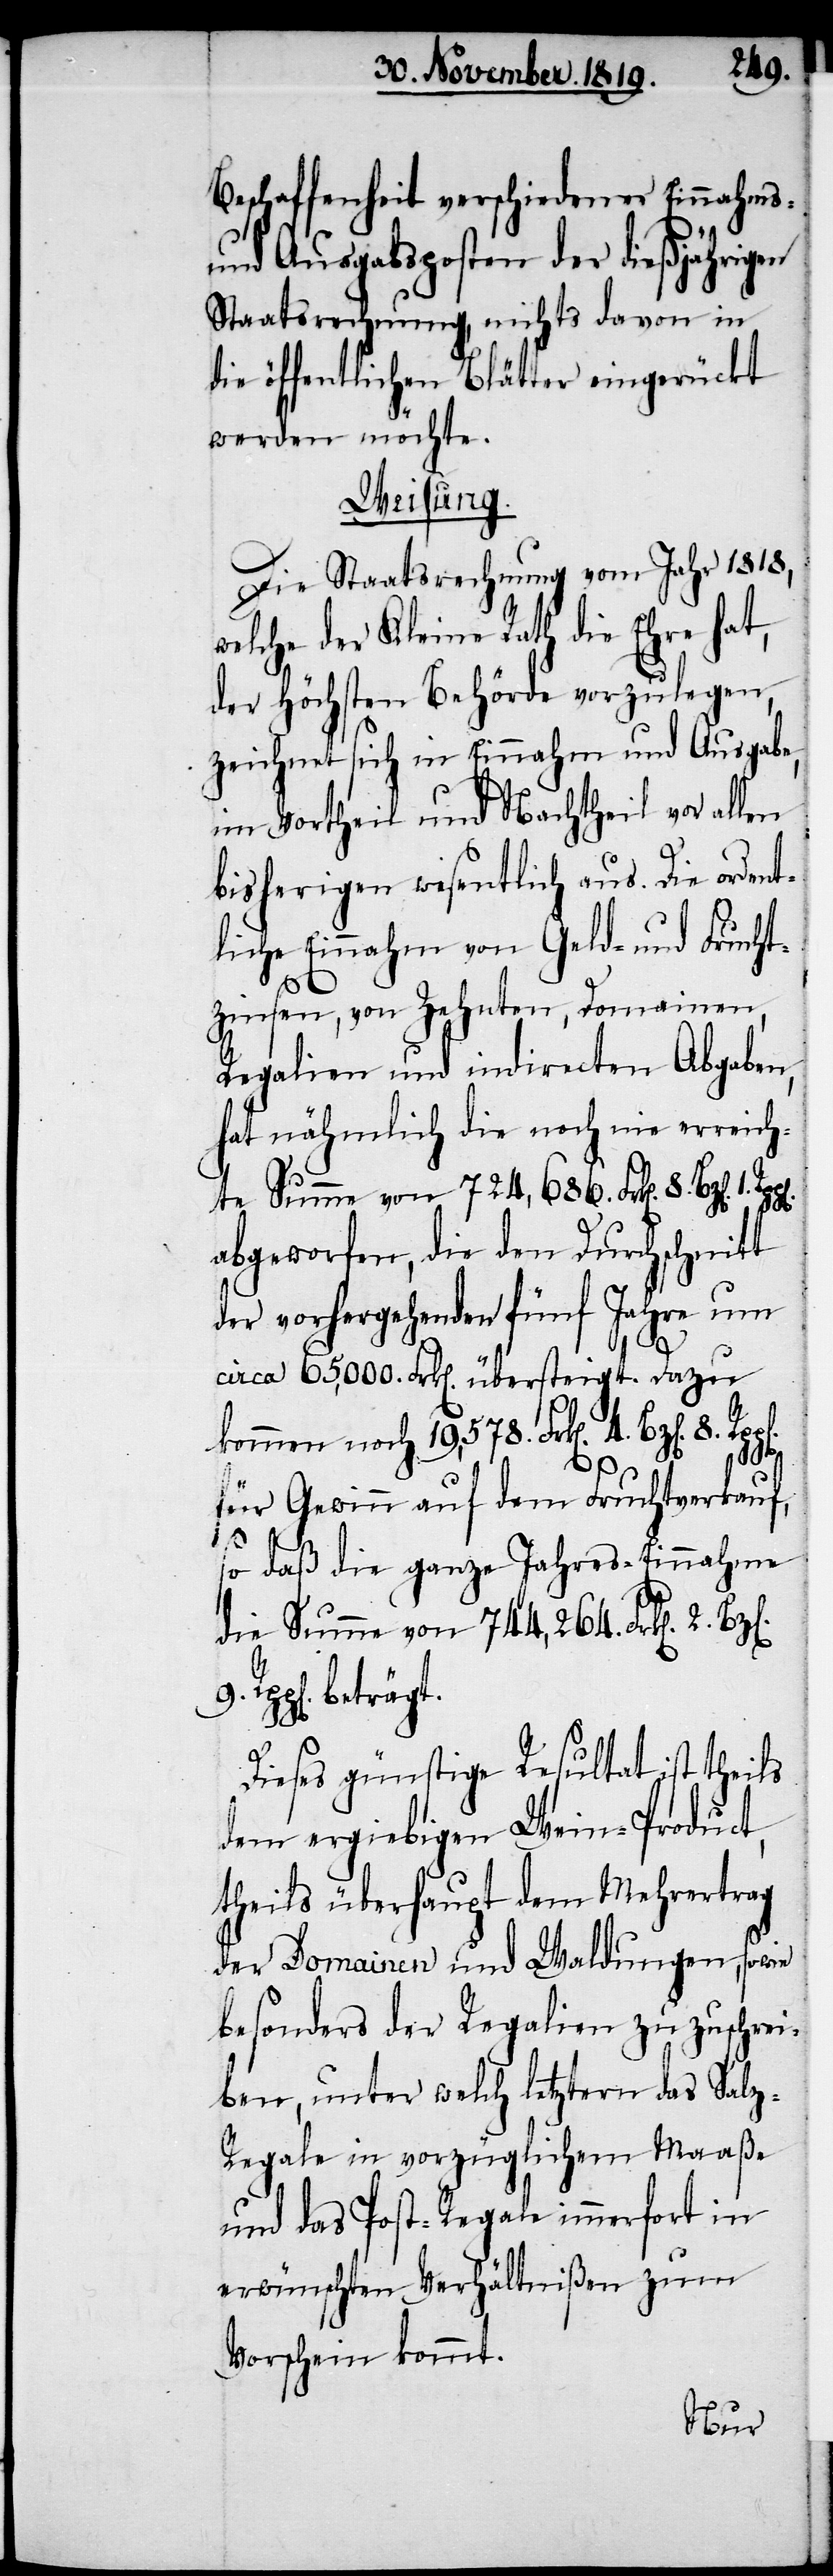
Beschaffenheit verschiedener Einnahms-
und Ausgabsposten der dießjährigen
Staatsrechnung, nichts davon in
die öffentlichen Blätter eingerückt
werden möchte.
Weisung.
Die Staatsrechnung vom Jahr 1818,
welche der Kleine Rath die Ehre hat,
der höchsten Behörde vorzulegen,
zeichnet sich in Einnahme und Ausgabe,
im Vortheil und Nachtheil vor allen
bisherigen wesentlich aus. Die ordent¬
liche Einnahm von Geld- und Frucht¬
zinsen, von Zehnten, Domainen,
Regalien und indirecten Abgaben,
hat nähmlich die noch nie erreich¬
1.
te Summe von 724,686. Frk[en]. 8. Bz[en].
abgeworfen, die den Durchschnitt
der vorhergehenden fünf Jahre um
circa 65,000. Frk[en]. übersteigt. Dazu
kommen noch 19,578. Frk[en]. 4. Bz[en].
für Gewinn auf dem Fruchtverkauf,
8.
so daß die ganze Jahres-Einnahme
die Summe von 744,264. Frk[en]. 2.
Rpp[en]. beträgt.
Dieses günstige Resultat ist theils
dem ergiebigen Wein-Product,
theils überhaupt dem Mehrertrag
der Domainen und Waldungen, sowie
besonders der Regalien zuzuschrei¬
ben, unter welch letztern das Salz-R¬
egale in vorzüglichem Maaße
und das Post-Regale immerfort in
erwünschten Verhältnißen zum
Vorschein kommt.